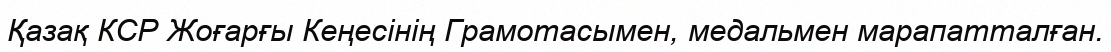
Қазақ КСР Жоғарғы Кеңесінің Грамотасымен, медальмен марапатталған.